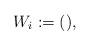
LaTeX: \begin{align*} W_i := (),\end{align*}